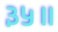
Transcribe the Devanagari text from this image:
३५॥